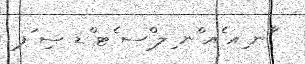
ާނ ިއ ެއ ްނ ިލ ްސ ެޓ ްޑ ސި ަފ